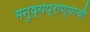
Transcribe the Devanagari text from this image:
मनुष्यप्राण्याची